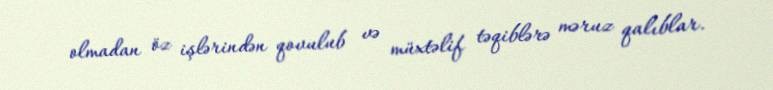
olmadan öz işlərindən qovulub və müxtəlif təqiblərə məruz qalıblar.